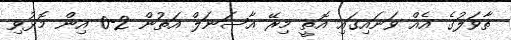
ތާވަލުގެ އެއް ވަނައިގައި އޮތީ މިރޭ އާސަނަލް އަތުން 2-0 އިން މޮޅުވި